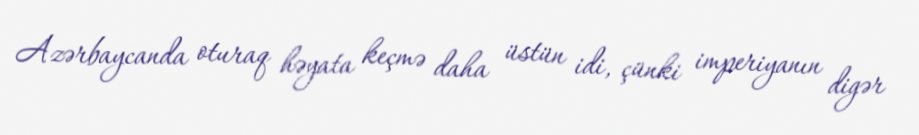
Azərbaycanda oturaq həyata keçmə daha üstün idi, çünki imperiyanın digər